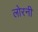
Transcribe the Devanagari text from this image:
लोरनी